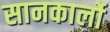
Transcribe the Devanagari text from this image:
सानकार्लो